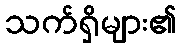
သက်ရှိများ၏